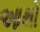
આથો